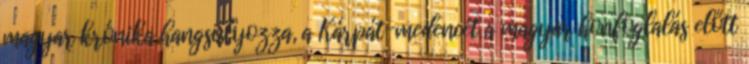
magyar krónika hangsúlyozza, a Kárpát-medencét a magyar honfoglalás előtt